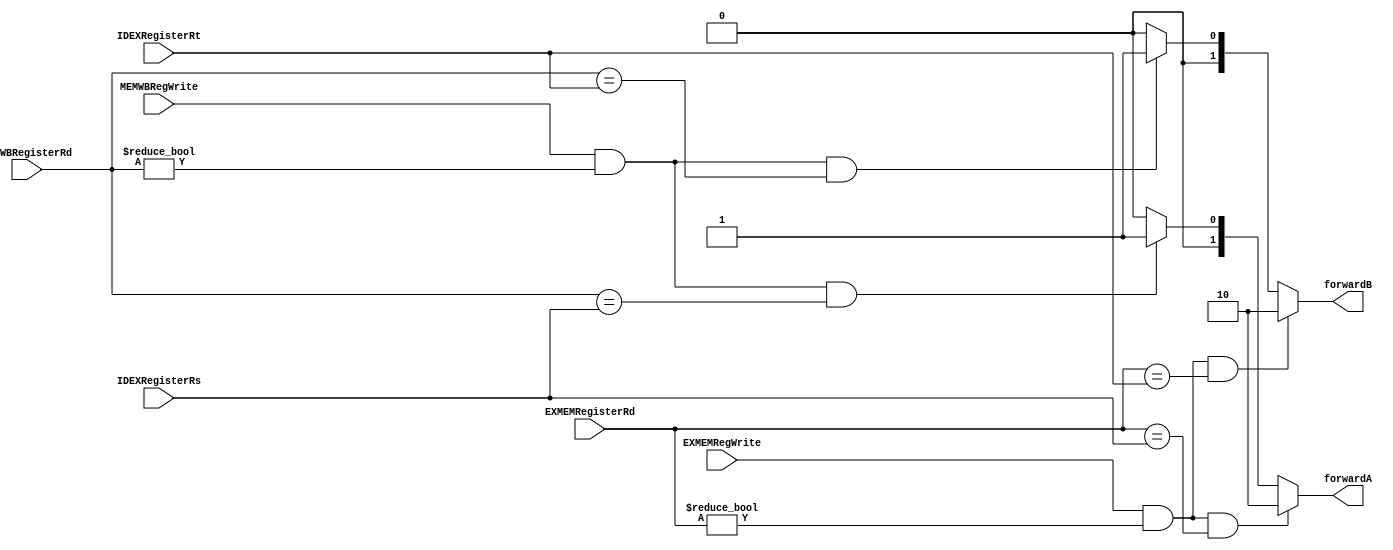
module forwardUnit (input EXMEMRegWrite, input [4:0] EXMEMRegisterRd, input MEMWBRegWrite, input [4:0] MEMWBRegisterRd, IDEXRegisterRs, IDEXRegisterRt,
    output reg [1:0] forwardA, forwardB);

    always @(EXMEMRegWrite, EXMEMRegisterRd, MEMWBRegWrite, MEMWBRegisterRd, IDEXRegisterRs, IDEXRegisterRt) begin
        {forwardA, forwardB} = 4'b0000;
        if (EXMEMRegWrite && (EXMEMRegisterRd != 0) && (EXMEMRegisterRd == IDEXRegisterRs)) 
            forwardA = 2'b10;
        else if (MEMWBRegWrite && (MEMWBRegisterRd != 0) && ( MEMWBRegisterRd == IDEXRegisterRs))
            forwardA = 2'b01;
        else
            forwardA = 2'b00;

        if (EXMEMRegWrite && (EXMEMRegisterRd != 0) && (EXMEMRegisterRd == IDEXRegisterRt))
            forwardB = 2'b10;
        else if (MEMWBRegWrite && (MEMWBRegisterRd != 0) && (MEMWBRegisterRd == IDEXRegisterRt))
            forwardB = 2'b01;
        else
            forwardB = 2'b00;
    end   
endmodule